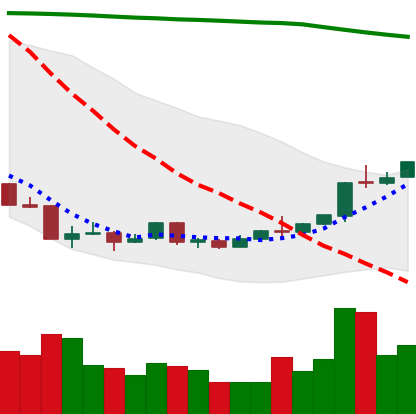
Ticker: ETH-USD
Chart end date: 2018-04-15
Forward return: 15.801%
Label: up_7plus